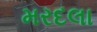
મરદલા